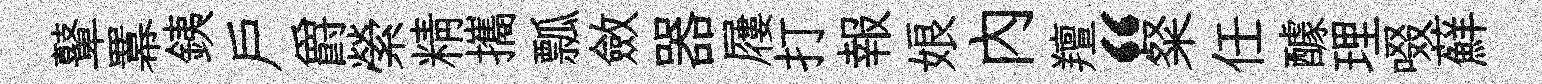
鼙羃銕戶爵縈精攜瓢斂器屨打報娘内羶“粲任醵理啜蘚